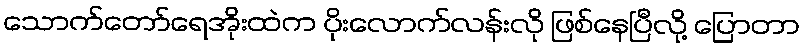
သောက်တော်ရေအိုးထဲက ပိုးလောက်လန်းလို ဖြစ်နေပြီလို့ ပြောတာ